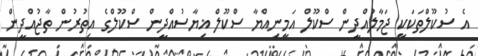
އެ ސުކޫލްތަކަކީ ޖަމާލުއްދީން ސްކޫލް އަމީނިއްޔާ ސްކޫލް ޣިޔާސުއްދީން ސްކޫލްގެ އިތުރުން ތާޖުއްދީން